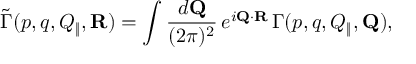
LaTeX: \tilde { \Gamma } ( p , q , Q _ { \| } , { \bf R } ) = \int { \frac { d { \bf Q } } { ( 2 \pi ) ^ { 2 } } } \, e ^ { i { \bf Q } \cdot { \bf R } } \, \Gamma ( p , q , Q _ { \| } , { \bf Q } ) ,